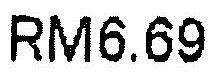
RM6.69